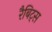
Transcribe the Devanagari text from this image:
रैबिट्स